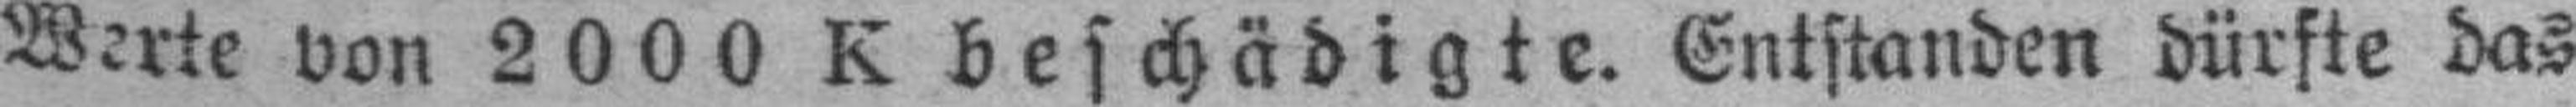
Werte von 2000 K beschädigte. Entstanden dürste das